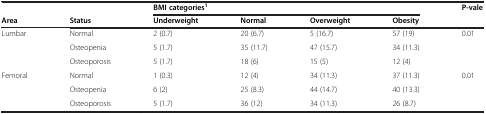
<table><thead><tr><td><b> </b></td><td><b> </b></td><td colspan="4"><b>BMI categories<sup>1</sup></b></td><td><b>P-vale</b></td></tr><tr><td><b>Area</b></td><td><b>Status</b></td><td><b>Underweight</b></td><td><b>Normal</b></td><td><b>Overweight</b></td><td><b>Obesity</b></td><td><b> </b></td></tr></thead><tbody><tr><td rowspan="3">Lumbar</td><td>Normal</td><td>2 (0.7)</td><td>20 (6.7)</td><td>5 (16.7)</td><td>57 (19)</td><td rowspan="3">0.01</td></tr><tr><td>Osteopenia</td><td>5 (1.7)</td><td>35 (11.7)</td><td>47 (15.7)</td><td>34 (11.3)</td></tr><tr><td>Osteoporosis</td><td>5 (1.7)</td><td>18 (6)</td><td>15 (5)</td><td>12 (4)</td></tr><tr><td rowspan="2">Femoral</td><td>Normal</td><td>1 (0.3)</td><td>12 (4)</td><td>34 (11.3)</td><td>37 (11.3)</td><td rowspan="2">0.01</td></tr><tr><td>Osteopenia</td><td>6 (2)</td><td>25 (8.3)</td><td>44 (14.7)</td><td>40 (13.3)</td></tr><tr><td> </td><td>Osteoporosis</td><td>5 (1.7)</td><td>36 (12)</td><td>34 (11.3)</td><td>26 (8.7)</td><td> </td></tr></tbody></table>